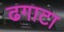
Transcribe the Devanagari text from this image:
ढगाटा